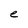
Character: e